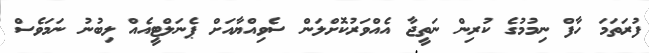
ފުރަތަމަ ހާފް ނިމުމުގެ ކުރިން ނަތީޖާ އެއްވަރުކޮށްލަން ސެވިއްޔާއަށް ޕެނަލްޓީއެއް ލިބުނު ނަމަވެސް